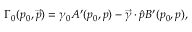
\Gamma _ { 0 } ( p _ { 0 } , \vec { p } ) = \gamma _ { 0 } A ^ { \prime } ( p _ { 0 } , p ) - \vec { \gamma } \cdot \hat { p } B ^ { \prime } ( p _ { 0 } , p ) ,